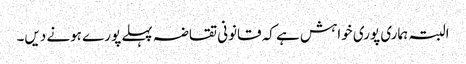
البتہ ہماری پوری خواہش ہے کہ قانونی تقاضہ پہلے پورے ہونے دیں۔